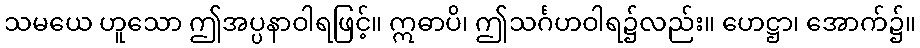
သမယေ ဟူသော ဤအပ္ပနာဝါရဖြင့်။ ဣဓာပိ၊ ဤသင်္ဂဟဝါရ၌လည်း။ ဟေဋ္ဌာ၊ အောက်၌။